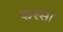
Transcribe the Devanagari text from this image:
कस्सा